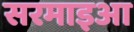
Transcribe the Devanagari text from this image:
सरमाइआ